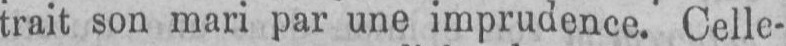
trait son mari par une imprudence. Celle-